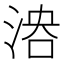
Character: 𣶤